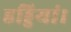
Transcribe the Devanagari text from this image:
हड्डियां।